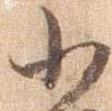
小